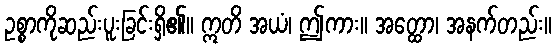
ဥစ္စာကိုဆည်းပူးခြင်းရှိ၏။ ဣတိ အယံ၊ ဤကား။ အတ္ထော၊ အနက်တည်း။